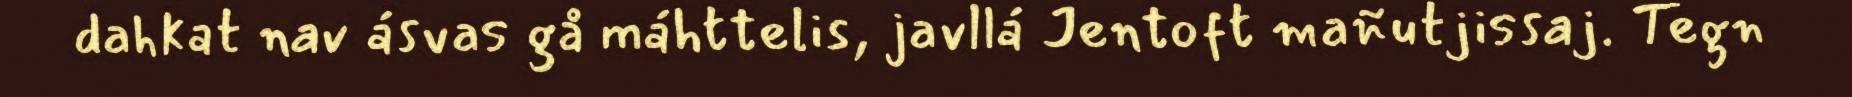
dahkat nav ásvas gå máhttelis, javllá Jentoft mañutjissaj. Tegn